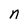
Character: n